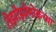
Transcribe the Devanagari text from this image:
तेझोझोमोकच्या